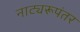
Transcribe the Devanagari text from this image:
नाट्यरूपंतर